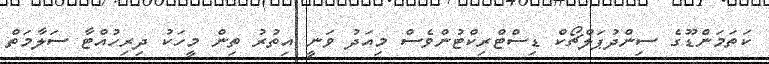
ކަތަމަންޑޫގެ ސިންދުޕަލްޗޯކް ޑިސްޓްރިކްޓުންވެސް މިއަދު ވަނީ އިތުރު ތިން މީހަކު ދިރިހުއްޓާ ސަލާމަތް